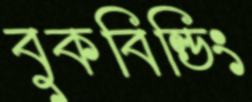
বুকবিল্ডিং